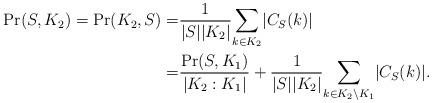
LaTeX: \begin{align*}\Pr(S, K_2) = \Pr(K_2, S)= & \frac {1}{|S||K_2|}\underset{k \in K_2}{\sum}|C_S(k)|\\= &\frac {\Pr(S,K_1)}{|K_2 : K_1|} + \frac {1}{|S||K_2|}\underset{k \in K_2\setminus K_1}{\sum}|C_S(k)|.\end{align*}